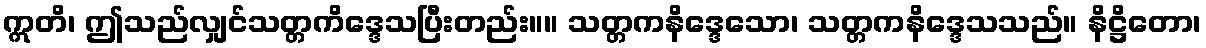
ဣတိ၊ ဤသည်လျှင်သတ္တကိဒ္ဒေသပြီးတည်း။။ သတ္တကနိဒ္ဒေသော၊ သတ္တကနိဒ္ဒေသသည်။ နိဋ္ဌိတော၊